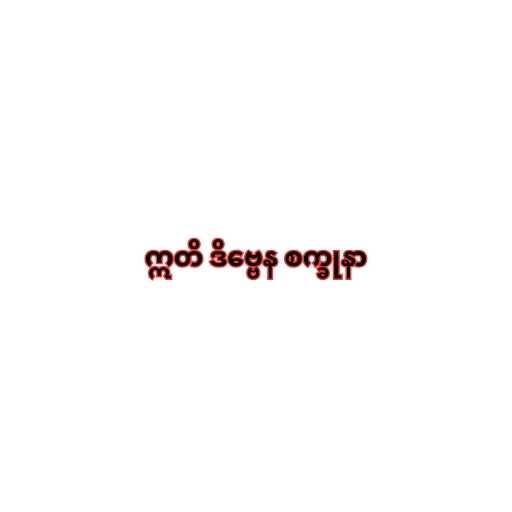
ဣတိ ဒိဗ္ဗေန စက္ခုနာ